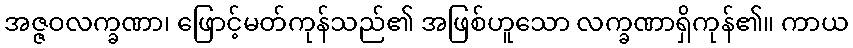
အဇ္ဇဝလက္ခဏာ၊ ဖြောင့်မတ်ကုန်သည်၏ အဖြစ်ဟူသော လက္ခဏာရှိကုန်၏။ ကာယ